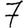
Digit: 7